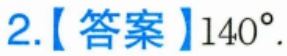
2.【答案】\(140^{\circ}\).